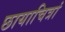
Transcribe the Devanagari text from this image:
छायाचित्रां